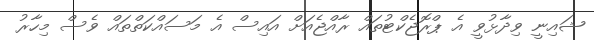
ޝައިނީ ވިދާޅުވީ އެ ޕްރޮޖެކްޓުތައް ރާއްޖެއަށް އައިސް އެ މަސައްކަތްތައް ވެސް މިހާރު